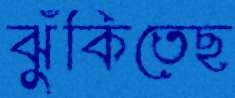
ঝুঁকিতেছ